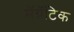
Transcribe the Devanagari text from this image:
मॅग्नॅटिक